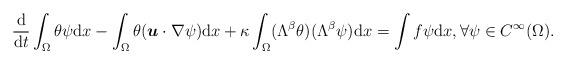
LaTeX: \begin{align*}\frac{\mathrm{d}}{\mathrm{d}t} \int_{\Omega} \theta \psi {\mathrm{d}x} - \int_{\Omega} \theta(\boldsymbol u \cdot \nabla \psi) {\mathrm{d}x} + \kappa \int_{\Omega} (\Lambda^{\beta} \theta)(\Lambda^{\beta}\psi) {\mathrm{d}x} = \int f \psi {\mathrm{d}x}, \forall \psi \in C^{\infty} (\Omega).\end{align*}